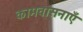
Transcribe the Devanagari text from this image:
कामवासनाएँ